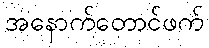
အနောက်တောင်ဖက်